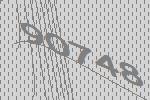
90748